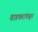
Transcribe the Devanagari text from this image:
वाडकरांपासून